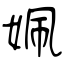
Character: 姵